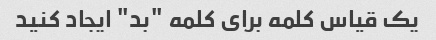
یک قیاس کلمه برای کلمه "بد" ایجاد کنید